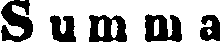
Summa